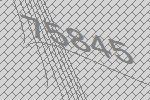
75845